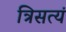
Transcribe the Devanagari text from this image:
त्रिसत्यं